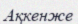
Ақкенже